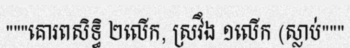
"""គោរពសិទ្ធិ ២លើក, ស្រវឹង ១លើក (ស្លាប់"""